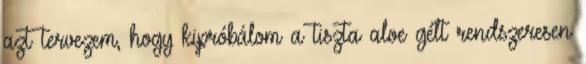
azt tervezem, hogy kipróbálom a tiszta aloe gélt rendszeresen